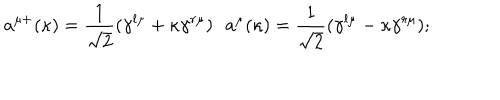
a ^ { \mu + } ( \kappa ) = \frac 1 { \sqrt { 2 } } ( \gamma ^ { l \mu } + \kappa \gamma ^ { r \mu } ) \, \, \, \, a ^ { \mu } ( \kappa ) = \frac 1 { \sqrt { 2 } } ( \gamma ^ { l \mu } - \kappa \gamma ^ { r \mu } ) ;